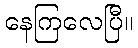
နေကြလေပြီ။